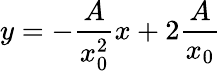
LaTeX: y=-{\frac{A}{x_{0}^{2}}}x+2{\frac{A}{x_{0}}}